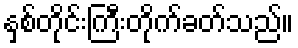
နှစ်တိုင်းကြီးတိုက်ခတ်သည်။